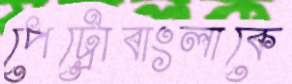
পেট্রোবাংলাকে